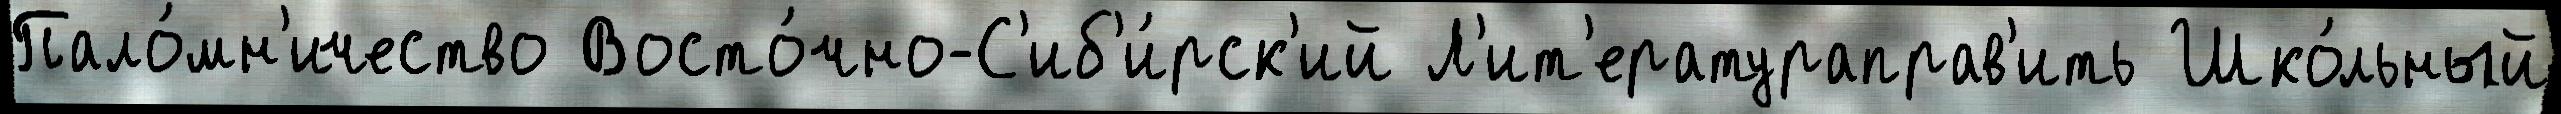
Пало́мн'ичество Восто́чно-С'иб'и́рск'ий Л'ит'ератураправ'ить Шко́льный